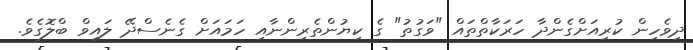
ދިވެހިން ކުރިއަށްގެންދާ ހަރަކާތްތައް "ވަގުތު" ގެ ކިޔުންތެރިންނާއި ހަމައަށް ގެނެސްދޭ ލައިވް ބްލޮގެވެ.